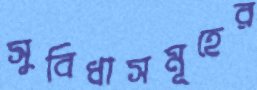
সুবিধাসমূহের